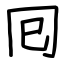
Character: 囘